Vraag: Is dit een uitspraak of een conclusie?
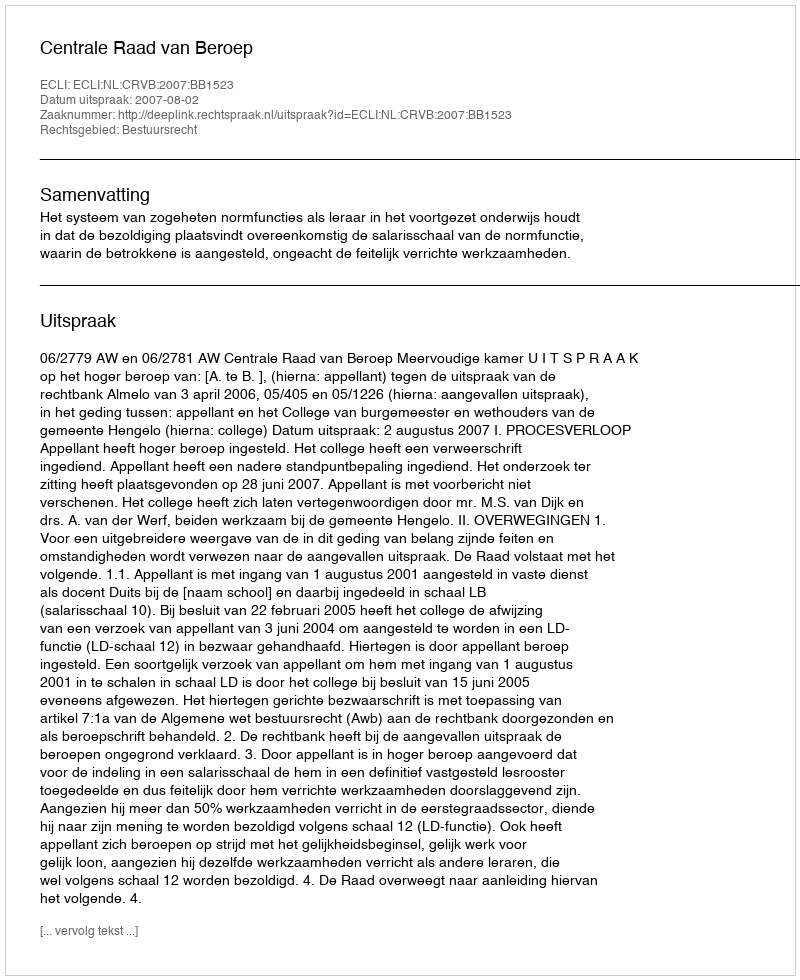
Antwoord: Uitspraak